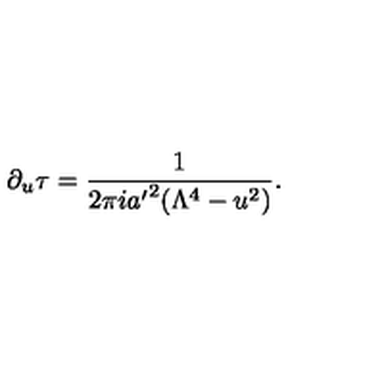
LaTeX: \partial _ { u } \tau = { \frac { 1 } { 2 \pi i { a ^ { \prime } } ^ { 2 } ( \Lambda ^ { 4 } - u ^ { 2 } ) } } .